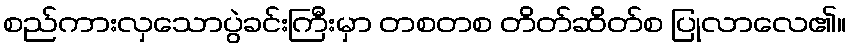
စည်ကားလှသောပွဲခင်းကြီးမှာ တစတစ တိတ်ဆိတ်စ ပြုလာလေ၏။